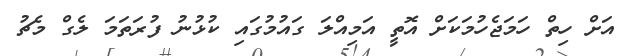
އަށް ހިތް ހަމަޖެހުމަކަށް އޮތީ އަމިއްލަ ގައުމުގައި ކުޅުނު ފުރަތަމަ ލެގް މެޗު